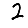
Digit: 2